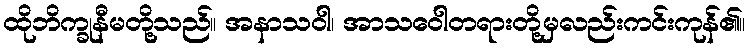
ထိုဘိက္ခုနီမတို့သည်။ အနာသဝါ၊ အာသဝေါတရားတို့မှလည်းကင်းကုန်၏။